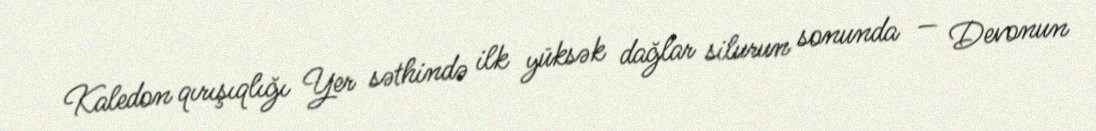
Kaledon qırışıqlığı Yer səthində ilk yüksək dağlar silurun sonunda — Devonun